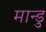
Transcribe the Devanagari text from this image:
मान्डु